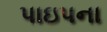
પાઇપના